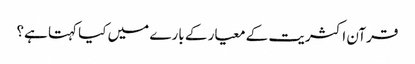
قرآن اکثریت کے معیار کے بارے میں کیا کہتا ہے؟